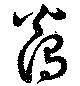
燭